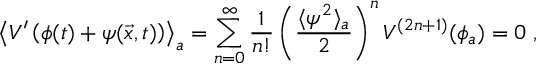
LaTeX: \left\langle V ^ { \prime } \left( \phi ( t ) + \psi ( \vec { x } , t ) \right) \right\rangle _ { a } = \sum _ { n = 0 } ^ { \infty } \frac { 1 } { n ! } \left( \frac { \langle \psi ^ { 2 } \rangle _ { a } } { 2 } \right) ^ { n } V ^ { ( 2 n + 1 ) } ( \phi _ { a } ) = 0 \; ,